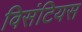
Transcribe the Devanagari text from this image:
विसंटियस